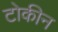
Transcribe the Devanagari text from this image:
टोकीन